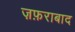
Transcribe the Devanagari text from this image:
ज़फ़राबाद